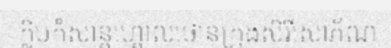
ក្លិបកំសាន្តហ្គោលថោនក្រុងសិរីសោភ័ណ